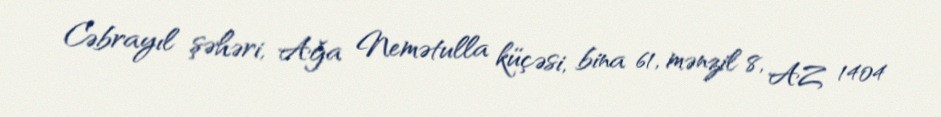
Cəbrayıl şəhəri, Ağa Nemətulla küçəsi, bina 61, mənzil 8, AZ 1404